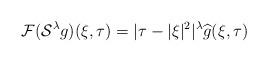
LaTeX: \begin{align*}\mathcal F(\mathcal S^\lambda g)(\xi,\tau)=|\tau-|\xi|^2|^{\lambda} \widehat{g}(\xi,\tau)\end{align*}